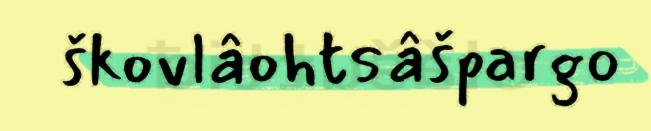
škovlâohtsâšpargo